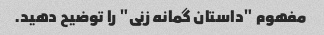
مفهوم "داستان گمانه زنی" را توضیح دهید.